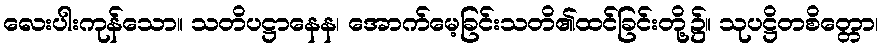
လေးပါးကုန်သော။ သတိပဋ္ဌာနေန၊ အောက်မေ့ခြင်းသတိ၏ထင်ခြင်းတို့၌။ သုပဋ္ဌိတစိတ္တော၊